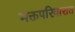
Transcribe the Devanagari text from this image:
भक्तपरिवारात